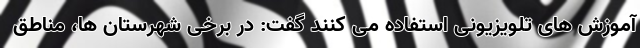
آموزش های تلویزیونی استفاده می کنند گفت: در برخی شهرستان ها، مناطق